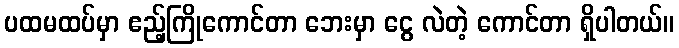
ပထမထပ်မှာ ဧည့်ကြိုကောင်တာ ဘေးမှာ ငွေ လဲတဲ့ ကောင်တာ ရှိပါတယ်။